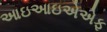
આઇઆઇએએફ